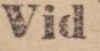
Vid